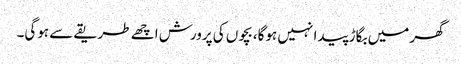
گھر میں بگاڑ پیدا نہیں ہوگا، بچوں کی پرورش اچھے طریقے سے ہوگی۔